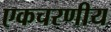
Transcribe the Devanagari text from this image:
एकचरणीय